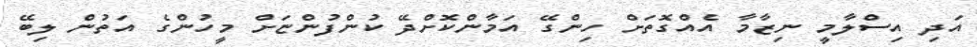
އަދި އިސްލާމީ ނިޒާމާ އެއްގޮތަށް ހިންގޭ އަމާންކޮށްދޭ ކުންފުންޏަށް މީހުންގެ އަތުން ލިބޭ